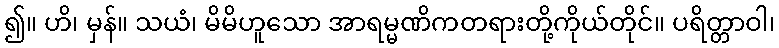
၍။ ဟိ၊ မှန်။ သယံ၊ မိမိဟူသော အာရမ္မဏိကတရားတို့ကိုယ်တိုင်။ ပရိတ္တာဝါ၊